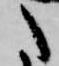
た